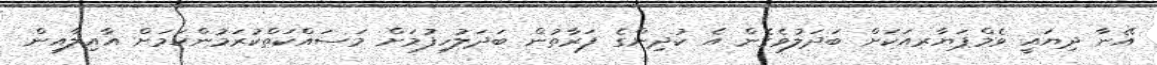
އޭނާ ދިޔައީ ވެމްޕަޔާރއަކަށް ބަދަލުވެގެން އެ ކުދިންގެ ފަރާތުން ބަދަލުހިފުމަށް މަސައްކަތްކުރަމުންކަމަށް އާއިލާއިން